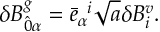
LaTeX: \delta B _ { \hat { 0 } \alpha } ^ { g } = { \bar { e } } _ { \alpha } ^ { \; \; i } \sqrt { a } \delta B _ { i } ^ { v } .